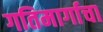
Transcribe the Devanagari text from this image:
गतिमार्गाचा